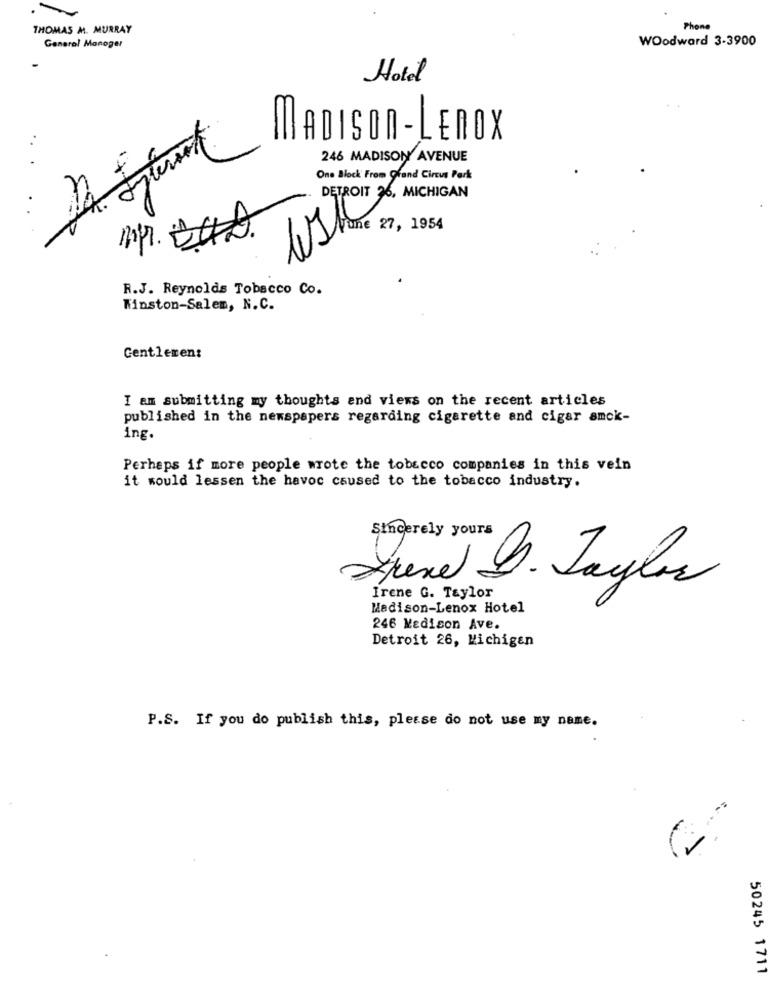
THOMAS M. MURRAY
Phone
Woodward 3-3900
Ganaro! Manager
Hotel
..
MADISON- LENOX
246 MADISON AVENUE
One Block From Grand Circus Park
DETROIT 26, MICHIGAN
AStone 27, 1954
R.J. Reynolds Tobacco Co.
Winston-Salem, N.C.
Gentlemen:
I am submitting my thoughts and views on the recent articles
published in the newspapers regarding cigarette and cigar amck-
ing.
Perhaps if more people wrote the tobacco companies in this vein
it would lessen the havoc caused to the tobacco industry.
Sincerely yours
Drexel D. Taylor
Irene G. Taylor
Madison-Lenox Hotel
246 Madison Ave.
Detroit 26, Michigan
P.S. If you do publish this, please do not use my name.
50245 1711